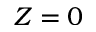
Z = 0